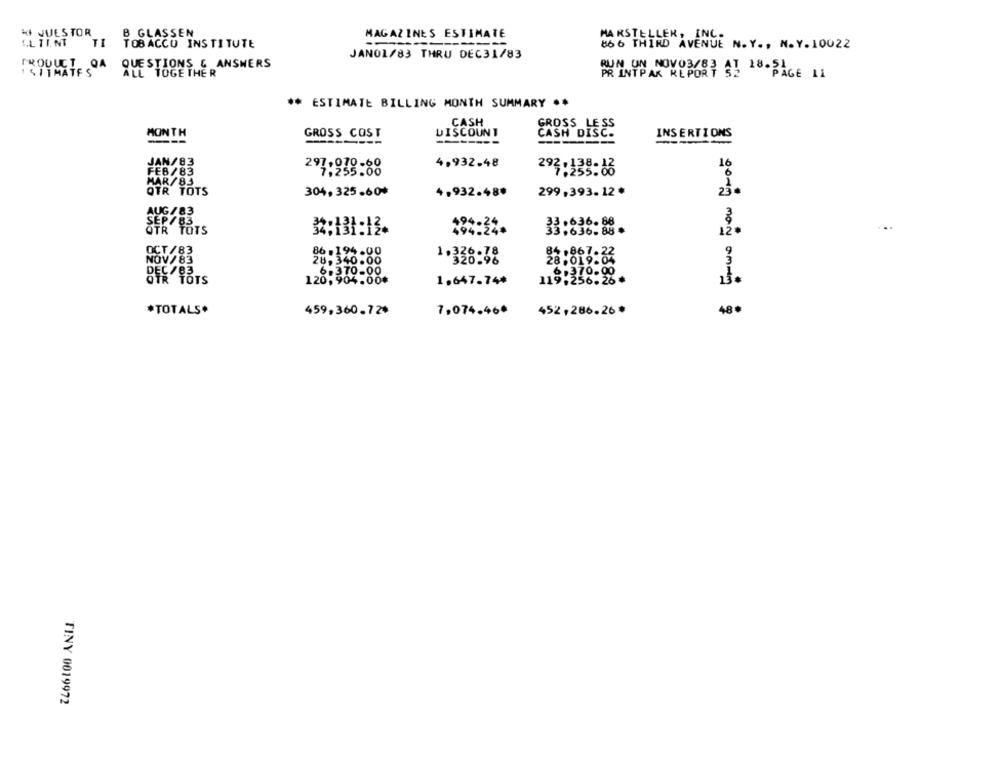
HI JULSTOR
B GLASSEN
MAGAZINES ESTIMATE
MARSTELLER, INC.
IL TI. NT
TI
TOBACCO INSTITUTE
866 THIRD AVENUE N.Y ., N.Y.10022
PRODUCT QA
JANO1/83 THRU DEC31/83
QUESTIONS & ANSWERS
RUN UN NOV03/83 AT 18.51
1 5 11MATFS
ALL TOGE THE R
PR INTPAK REPORT 52
PAGE 11
** ESTIMATE BILLING MONTH SUMMARY **
CASH
MONTH
GROSS COST
DISCOUNT
CASH DISC.
INSERTIONS
-----
: Erwo Now Groo
JAN/83
4.932.48
FEB/83
297.938-88
292 : 138:13
MAR/83
QTR TOTS
4,932.48#
299,393.12 *
304, 325.60+
23
AUG/83
OTR
32:131:13.
494.24*
33,636.88
12.
OCT /83
NOV/83
86 -194.00
28,340.00
1.338:78
82.867-2
ĘC/83.
6.370-00
6.370.00
OTR TOTS
120, 904.00₺
1.647.74#
119,256.26*
*TOTALS*
459,360.72*
7,074.460
452,286.26 *
48.
TINY 0019972